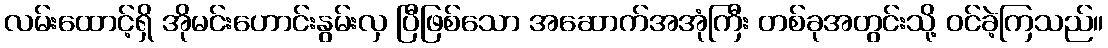
လမ်းထောင့်ရှိ အိုမင်းဟောင်းနွမ်းလှ ပြီဖြစ်သော အဆောက်အအုံကြီး တစ်ခုအတွင်းသို့ ဝင်ခဲ့ကြသည်။